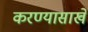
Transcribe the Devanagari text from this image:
करण्यासाखे